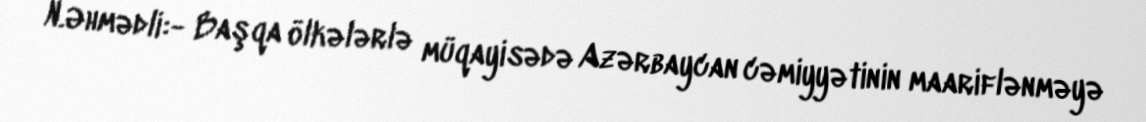
N.Əhmədli:- Başqa ölkələrlə müqayisədə Azərbaycan cəmiyyətinin maariflənməyə